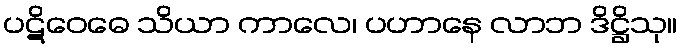
ပဋိဝေဓေ သိယာ ကာလေ၊ ပဟာနေ လာဘ ဒိဋ္ဌိသု။